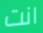
انت